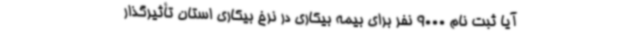
آیا ثبت نام 9000 نفر برای بیمه بیکاری در نرخ بیکاری استان تأثیرگذار